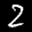
Label: 2